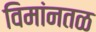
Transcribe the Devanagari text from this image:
विमांनतळ